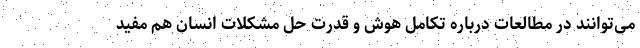
می‌توانند در مطالعات درباره تکامل هوش و قدرت حل مشکلات انسان هم مفید